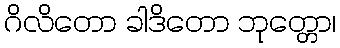
ဂိလိတော ခါဒိတော ဘုတ္တော၊